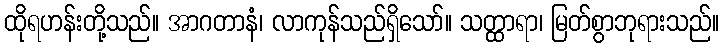
ထိုရဟန်းတို့သည်။ အာဂတာနံ၊ လာကုန်သည်ရှိသော်။ သတ္ထာရာ၊ မြတ်စွာဘုရားသည်။